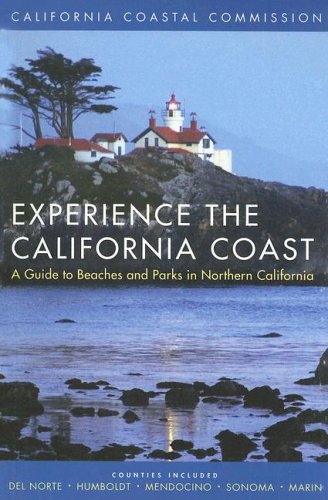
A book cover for Experience the California Coast: A Guide to Beaches and Parks in Northern California: Counties Included: Del Norte, Humboldt, Mendocino, Sonoma, Marin; California Coastal Commis; Travel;